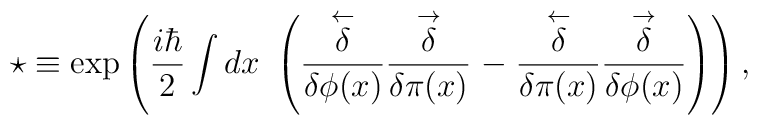
\star \equiv \exp \left( {\frac{i\hbar }{2}}\int dx~ \left( \stackrel{\leftarrow } {\delta\over\delta\phi (x)} \stackrel{\rightarrow }{\delta\over\delta\pi (x)}-\stackrel{\leftarrow }{\delta\over\delta\pi (x)}\stackrel{\rightarrow }{\delta\over\delta\phi (x)}\right)  \right) ,